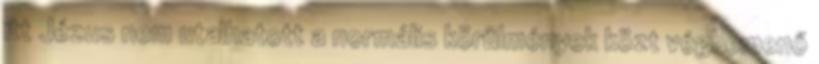
itt Jézus nem utalhatott a normális körülmények közt végbemenő